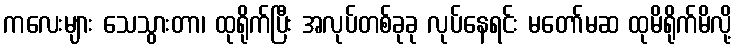
ကလေးများ သေသွားတာ၊ ထုရိုက်ပြီး အလုပ်တစ်ခုခု လုပ်နေရင်း မတော်မဆ ထုမိရိုက်မိလို့